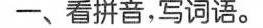
一、看拼音，写词语。